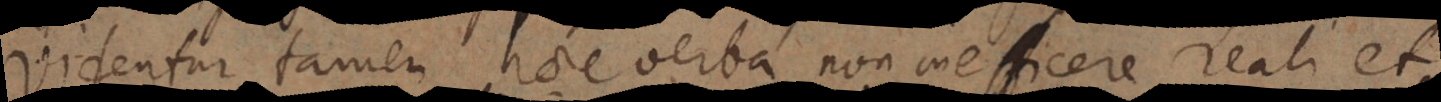
videntur tamen haec verba non inefficere reali et